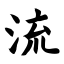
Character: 流